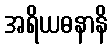
အရိယဓနာနိ